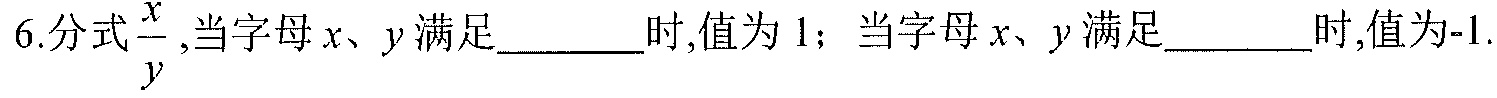
6.分式\(\frac{x}{y}\),当字母\(x、y\)满足______时,值为\(1\)；当字母\(x、y\)满足______时,值为\(-1\).